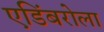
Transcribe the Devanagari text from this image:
एडिंबरोला